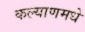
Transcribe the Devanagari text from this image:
कल्याणमधे